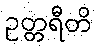
ဥတ္တရီတိ